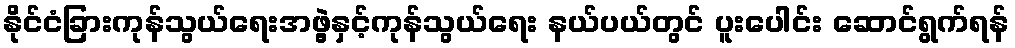
နိုင်ငံခြားကုန်သွယ်ရေးအဖွဲ့နှင့်ကုန်သွယ်ရေး နယ်ပယ်တွင် ပူးပေါင်း ဆောင်ရွက်ရန်